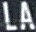
LA